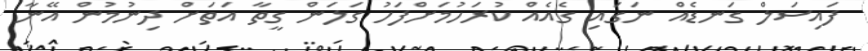
ފައިސަލް ގަނޑެއް ނަގައި ގެއެއް ކުރަހުމަށްފަހު ގަލަން ގީތާ އަތަށް ދިނުމުން އޭނާ